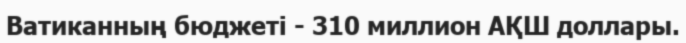
Ватиканның бюджеті - 310 миллион АҚШ доллары.